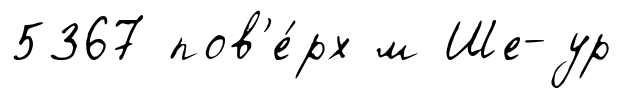
5367 пов'е́рх м Ше-ур